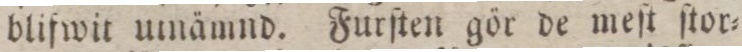
blifwit umämnd. Furſten gör de meſt ſtor=